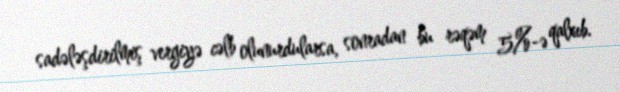
sadələşdirilmiş vergiyə cəlb olunurdularsa, sonradan bu rəqəm 5%-ə qalxıb.